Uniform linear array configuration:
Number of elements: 4
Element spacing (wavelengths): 0.5
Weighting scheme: hamming
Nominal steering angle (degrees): -15
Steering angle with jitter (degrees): -16.838
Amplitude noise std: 0.05
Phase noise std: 0.05

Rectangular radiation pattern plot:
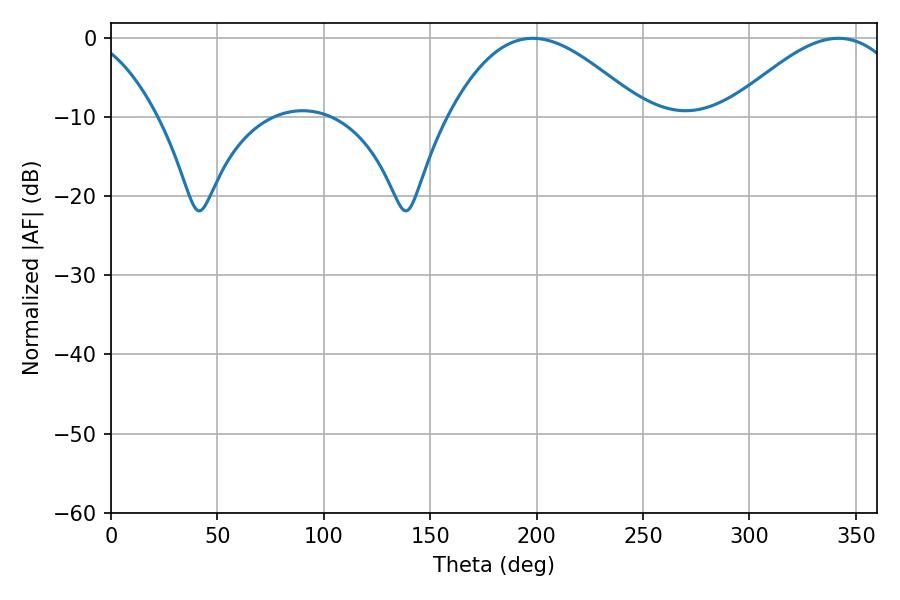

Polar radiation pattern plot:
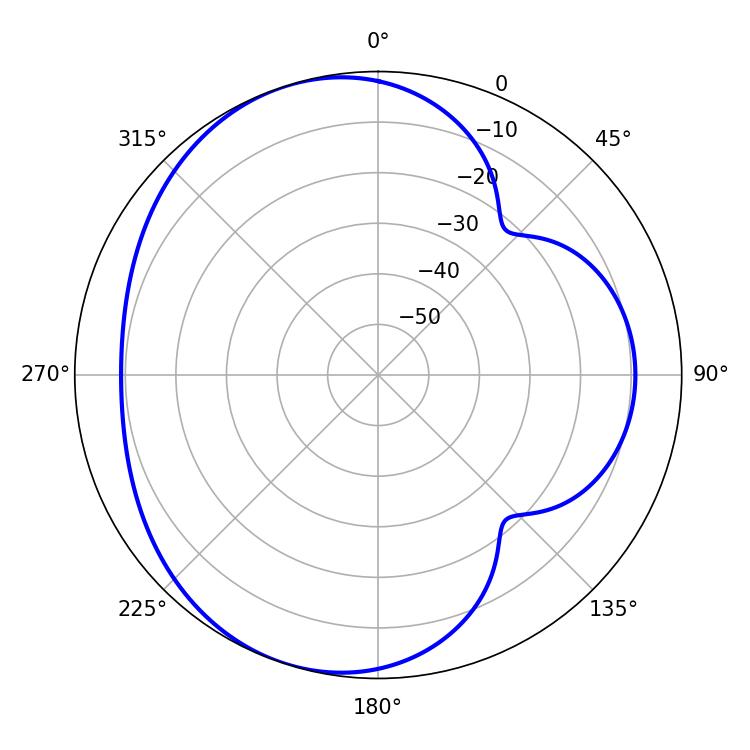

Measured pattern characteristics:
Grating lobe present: FALSE
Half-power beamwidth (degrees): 49.5
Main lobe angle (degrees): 198.18